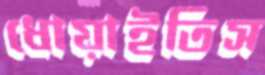
ধোয়াইতিস